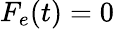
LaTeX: F_{e}(t)=0